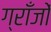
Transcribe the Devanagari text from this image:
ग्राँजों